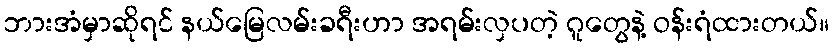
ဘားအံမှာဆိုရင် နယ်မြေလမ်းခရီးဟာ အရမ်းလှပတဲ့ ဂူတွေနဲ့ ဝန်းရံထားတယ်။